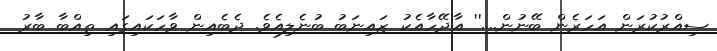
ސިއްރުކުރަން އަހަރެން ބޭނުން....'' އާދޭހާއެކު ޒައިނަބު ބުނެލިއެވެ. ދެބެއިން ވާހަކައިގައި ތިއްބާ ބާރު